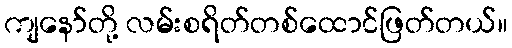
ကျနော်တို့ လမ်းစရိတ်တစ်ထောင်ဖြတ်တယ်။